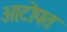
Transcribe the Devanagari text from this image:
आटोपत